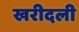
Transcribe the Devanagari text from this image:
खरीदली